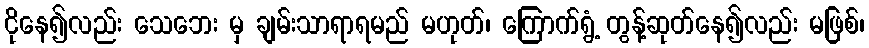
ငိုနေ၍လည်း သေဘေး မှ ချမ်းသာရာရမည် မဟုတ်၊ ကြောက်ရွံ့ တွန့်ဆုတ်နေ၍လည်း မဖြစ်၊